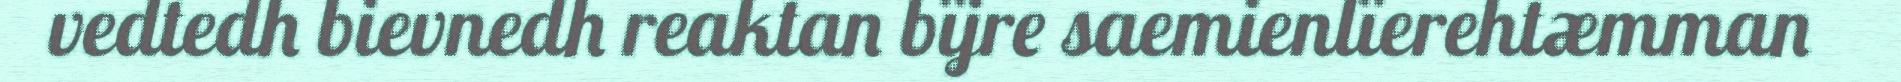
vedtedh bievnedh reaktan bïjre saemienlïerehtæmman